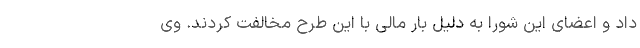
داد و اعضای این شورا به دلیل بار مالی با این طرح مخالفت کردند. وی